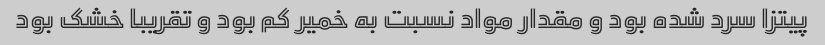
پیتزا سرد شده بود و مقدار مواد نسبت به خمیر کم بود و تقریبا خشک بود